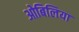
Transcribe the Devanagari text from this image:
ओबिलिया